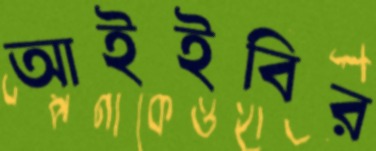
আইইবির